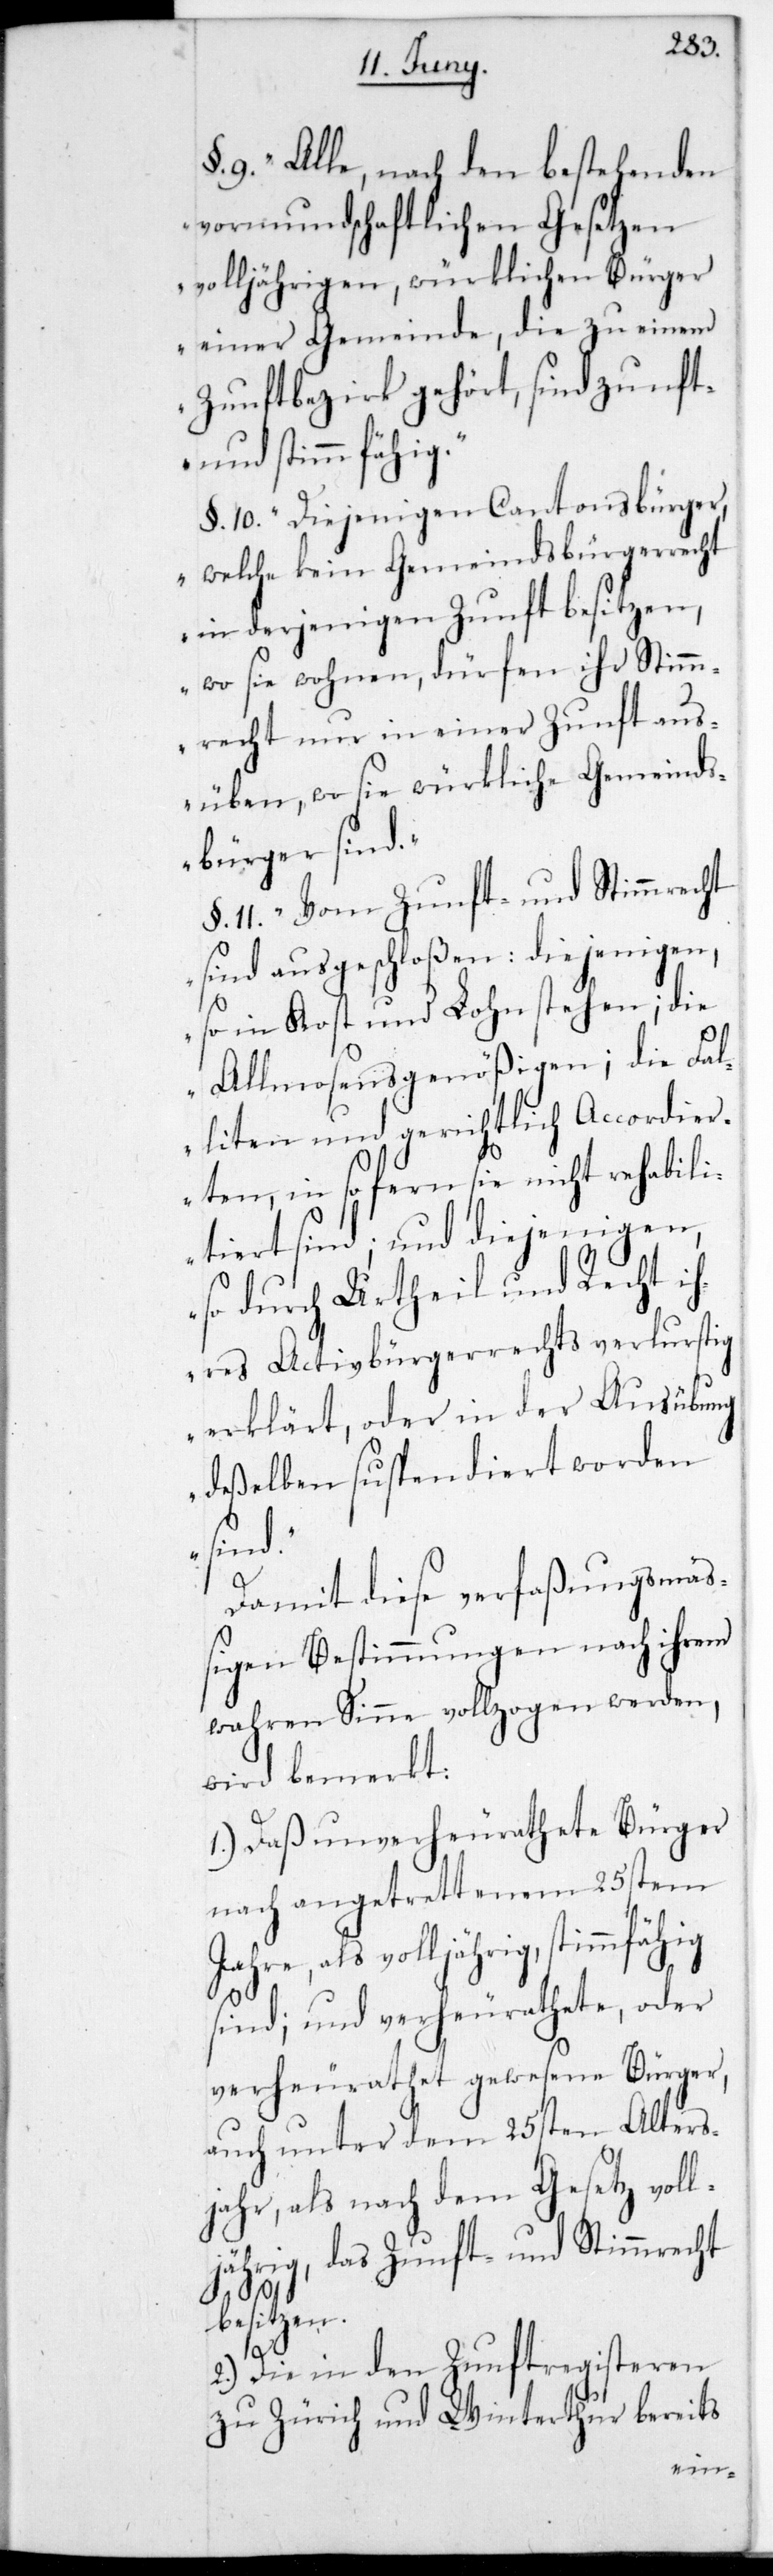
9. „Alle nach den bestehenden
vormundschaftlichen Gesetzen
volljährigen, würklichen Bürger
einer Gemeinde, die zu einem
Zunftbezirk gehört, sind zunft-
und stimmfähig.“
§. 10. „Diejenigen Cantonsbürger,
welche kein Gemeindsbürgerrecht
wo sie wohnen, dürfen ihr Stimm¬
recht nur in einer Zunft aus¬
üben, wo sie würkliche Gemeind¬
sbürger sind.“
§. 11. „Vom Zunft- und Stimmrecht
sind ausgeschloßen: Diejenigen,
so in Kost und Lohn stehen; die
Allmosensgenößigen; die Fal¬
liten und gerichtlich Accordier¬
ten, in so fern sie nicht rehabili¬
tiert sind; und diejenigen,
so durch Urtheil und Recht ih¬
res Activbürgerrechts verlustig
erklärt, oder in der Ausübung
deßelben suspendiert worden
sind.“
Damit diese verfaßungsmäß¬
igen Bestimmungen nach ihrem
wahren Sinne vollzogen werden,
wird bemerkt:
1.) Daß unverheurathete Bürger
nach angetrettenem 25stem
Jahre, als volljährig, stimmfähig
sind; und verheurathete oder
verheurathet gewesene Bürger,
auch unter dem 25sten Alters¬
jahr, als nach dem Gesetz voll¬
jährig, das Zunft- und Stimmrecht
besitzen.
2.) Die in den Zunftregisteren
zu Zürich und Winterthur bereits